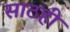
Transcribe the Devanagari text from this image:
साठही